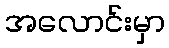
အလောင်းမှာ